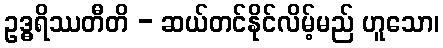
ဥဒ္ဓရိဿတီတိ - ဆယ်တင်နိုင်လိမ့်မည် ဟူသော၊